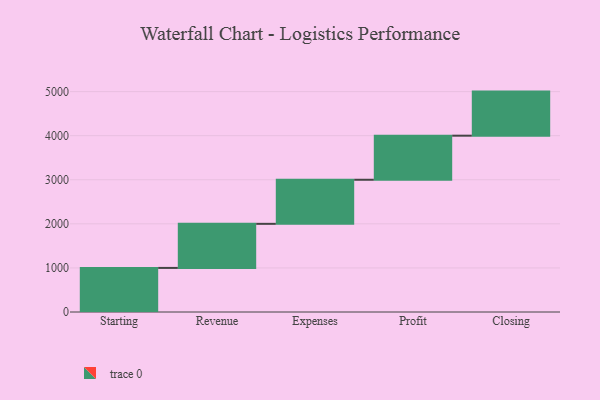
{"axis": {"x": "Step", "y": "Value"}, "legend": [""], "data": [{"x": "Starting", "y": 1000, "type": ""}, {"x": "Revenue", "y": 1000, "type": ""}, {"x": "Expenses", "y": 1000, "type": ""}, {"x": "Profit", "y": 1000, "type": ""}, {"x": "Closing", "y": 1000, "type": ""}]}